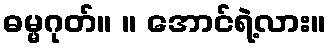
ဓမ္မဂုတ်။ ။ အောင်ရဲ့လား။